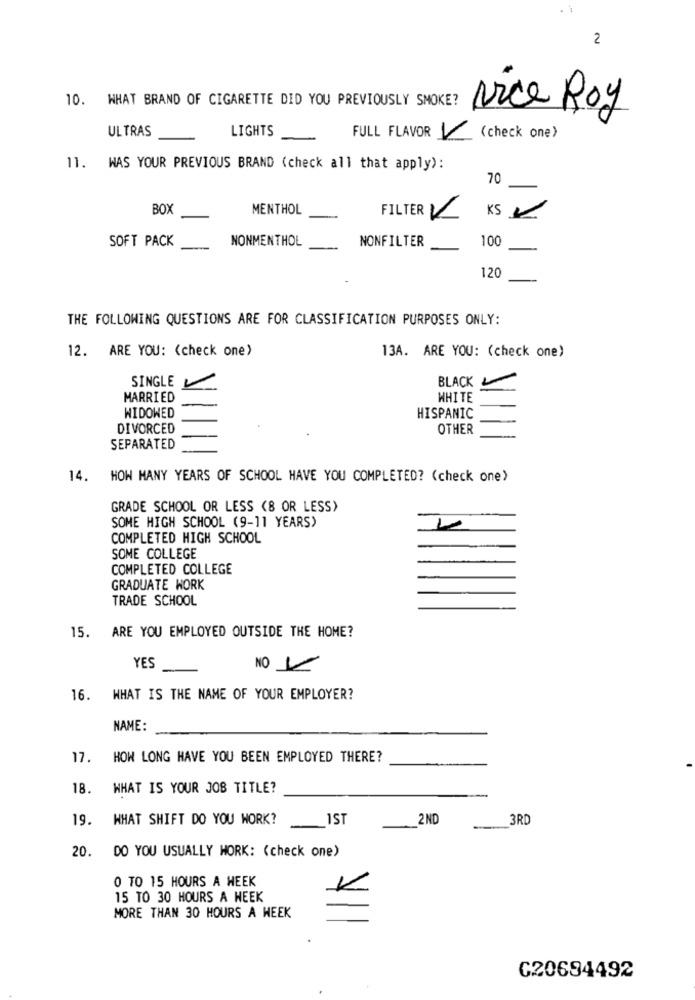
2
10. WHAT BRAND OF CIGARETTE DID YOU PREVIOUSLY SMOKE?
vice Roy
ULTRAS
LIGHTS
FULL FLAVOR V
(check one)
11. WAS YOUR PREVIOUS BRAND (check all that apply):
70
BOX
MENTHOL
FILTER V
KS K
SOFT PACK
NONMENTHOL
NONFILTER
100
120
THE FOLLOWING QUESTIONS ARE FOR CLASSIFICATION PURPOSES ONLY:
12. ARE YOU: (check one)
13A. ARE YOU: (check one)
SINGLE
BLACK
MARRIED
WHITE
WIDOWED
HISPANIC
DIVORCED
OTHER
SEPARATED
14. HOW MANY YEARS OF SCHOOL HAVE YOU COMPLETED? (check one)
GRADE SCHOOL OR LESS (8 OR LESS)
SOME HIGH SCHOOL (9-11 YEARS)
COMPLETED HIGH SCHOOL
SOME COLLEGE
COMPLETED COLLEGE
GRADUATE WORK
TRADE SCHOOL
15.
ARE YOU EMPLOYED OUTSIDE THE HOME?
YES
NO V
16. WHAT IS THE NAME OF YOUR EMPLOYER?
NAME:
17.
HOW LONG HAVE YOU BEEN EMPLOYED THERE?
18.
WHAT IS YOUR JOB TITLE?
19.
WHAT SHIFT DO YOU WORK?
1ST
2ND
3RD
20.
DO YOU USUALLY WORK: (check one)
0 TO 15 HOURS A WEEK
15 TO 30 HOURS A WEEK
MORE THAN 30 HOURS A WEEK
C20694492